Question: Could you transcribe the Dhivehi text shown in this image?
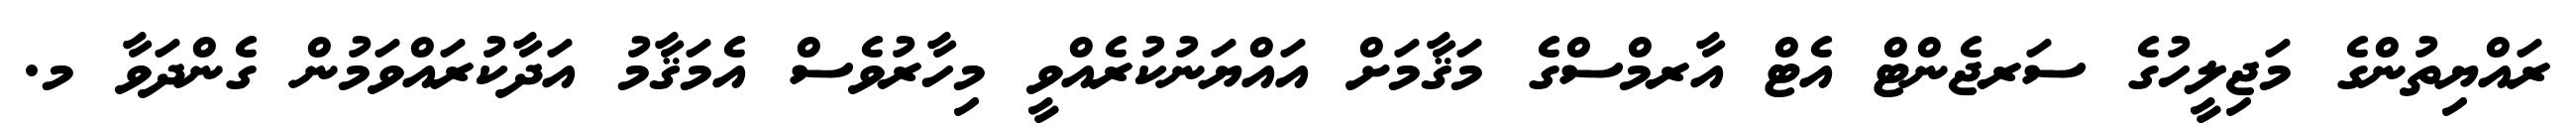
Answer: ރައްޔިތުންގެ މަޖިލީހުގެ ސަރޖެންޓް އެޓް އާރމްސްގެ މަޤާމަށް އައްޔަނުކުރެއްވީ މިހާރުވެސް އެމަޤާމު އަދާކުރައްވަމުން ގެންދަވާ މ.